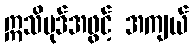
ဣသိပုဒ်အဖွင့် အကျယ်